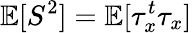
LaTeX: \mathbb{E}[S^{2}]=\mathbb{E}[\tau_{x}^{t}\tau_{x}]